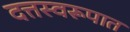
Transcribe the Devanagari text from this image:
दत्तस्वरूपात